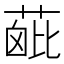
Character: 𦶰